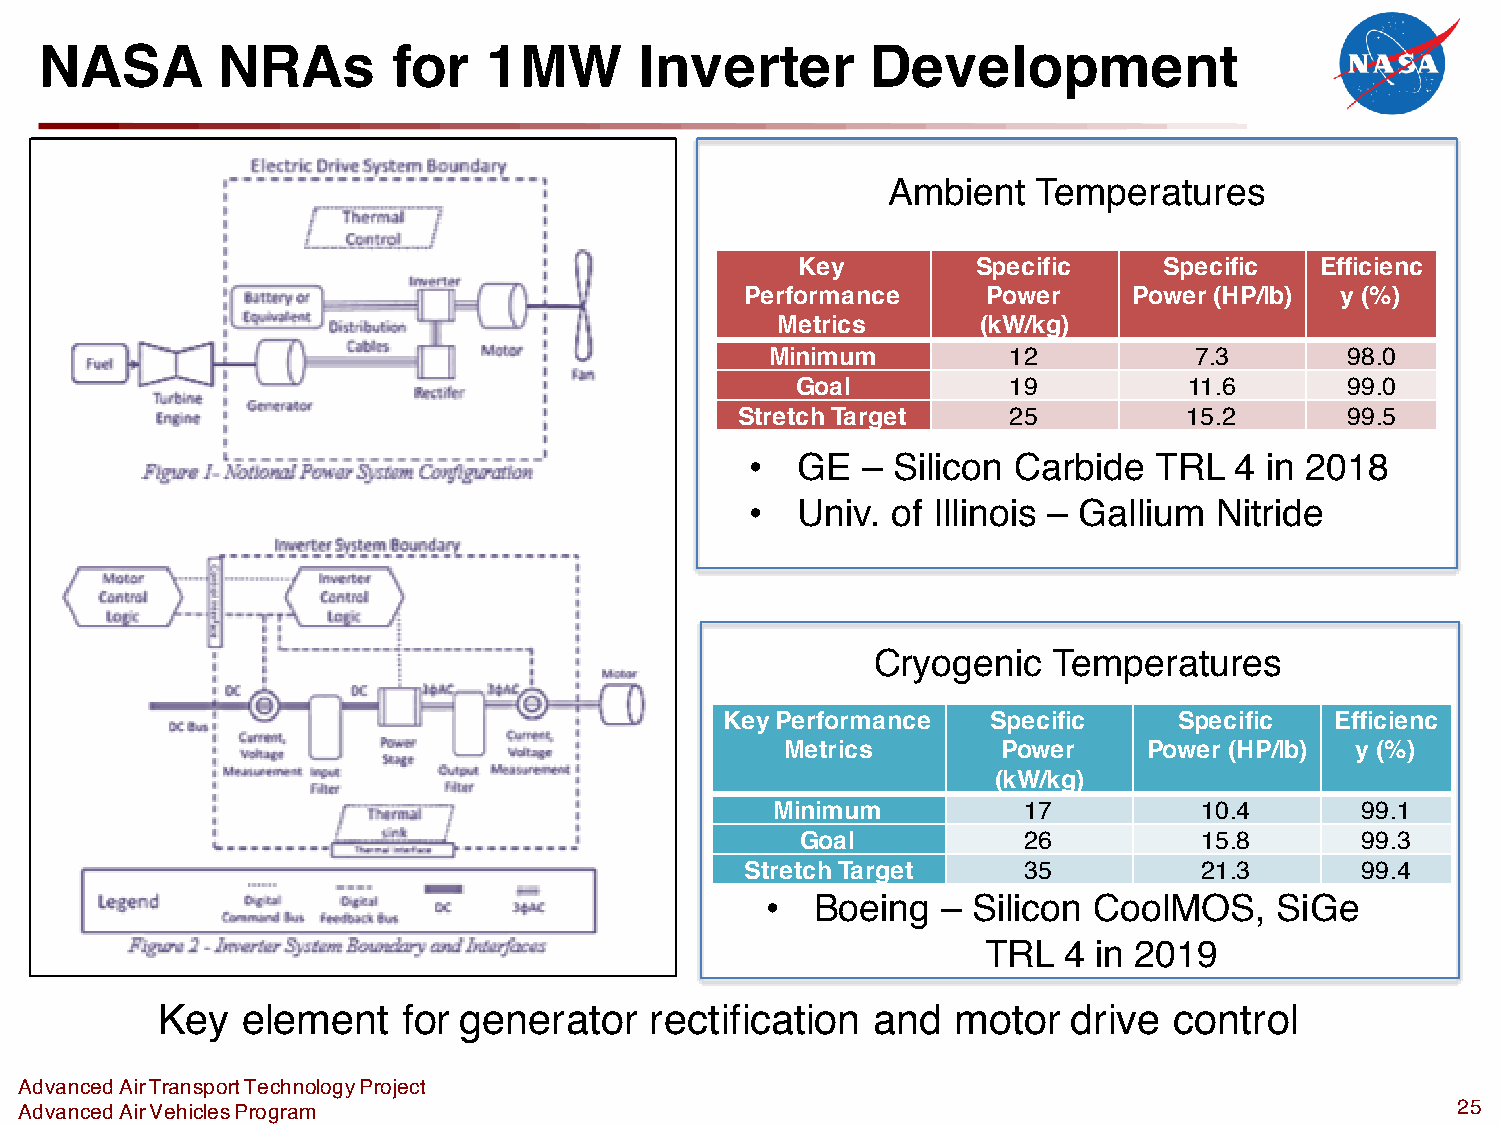
NASA       NRAs        for   1MW       Inverter        Development
 Ambient   Temperatures
 Key         Specific    Specific  Efficienc
 Performance     Power     Power (HP/lb) y (%)
 Metrics       (kW/kg)
 Minimum         12          7.3       98.0
 Goal          19          11.6      99.0
 Stretch Target    25          15.2      99.5
 •  GE  – Silicon Carbide  TRL   4 in 2018
 •  Univ. of Illinois – Gallium Nitride
 Cryogenic   Temperatures
 Key Performance   Specific    Specific  Efficienc
 Metrics       Power     Power (HP/lb) y (%)
 (kW/kg)
 Minimum          17          10.4      99.1
 Goal           26          15.8      99.3
 Stretch Target     35          21.3      99.4
 •  Boeing  – Silicon CoolMOS,    SiGe
 TRL  4 in 2019
 Key   element    for generator   rectification  and  motor   drive  control
 Advanced Air Transport Technology Project
 Advanced Air Vehicles Program                                                                  25